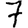
Digit: 7